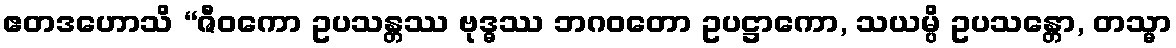
ဧတဒဟောသိ “ဇီဝကော ဥပသန္တဿ ဗုဒ္ဓဿ ဘဂဝတော ဥပဋ္ဌာကော, သယမ္ပိ ဥပသန္တော, တသ္မာ